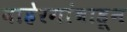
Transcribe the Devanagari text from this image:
बाहेरगांवाहून